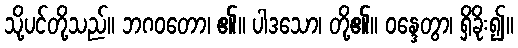
သို့ပင်တို့သည်။ ဘဂဝတော၊ ၏။ ပါဒသော၊ တို့၏။ ဝန္ဒေတွာ၊ ရှိခိုး၍။